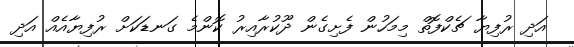
އަދި ރުފިޔާ ޗެކްފޮތް މިމަހުން ފެށިގެން ދޫކުރާއިރު ކޮންމެ ގަނޑަކަށް ރުފިޔާއެއް އަދި